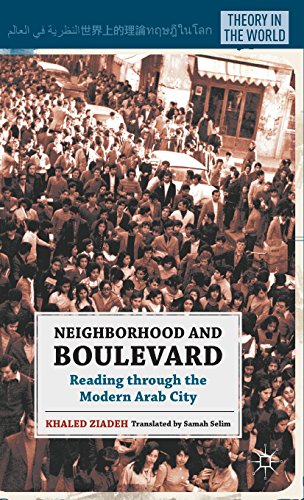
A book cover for Neighborhood and Boulevard: Reading through the Modern Arab City (Theory in the World); Khaled Ziadeh; Travel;